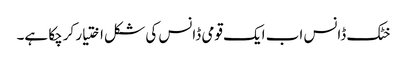
خٹک ڈانس اب ایک قومی ڈانس کی شکل اختیار کرچکا ہے۔